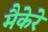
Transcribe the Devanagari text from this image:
मैकेरे